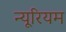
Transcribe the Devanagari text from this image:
न्यूरियम